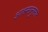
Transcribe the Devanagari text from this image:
आश्रमानुसार